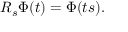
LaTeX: R _ { s } \Phi ( t ) = \Phi ( t s ) .